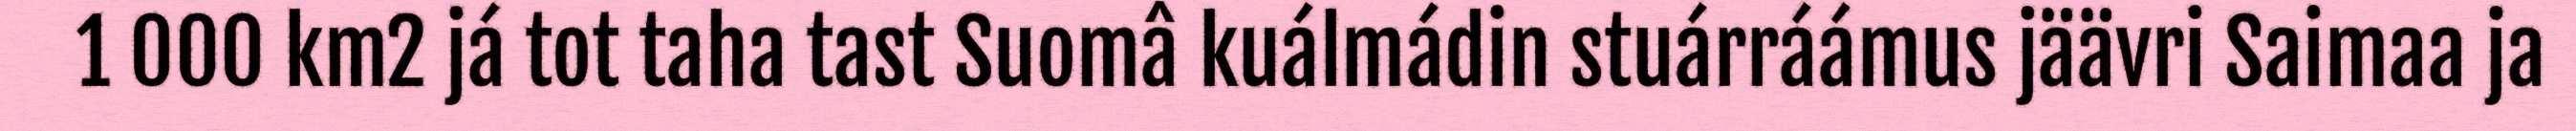
1 000 km2 já tot taha tast Suomâ kuálmádin stuárráámus jäävri Saimaa ja